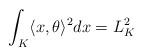
LaTeX: \begin{align*}\int_K\langle x,\theta\rangle^2dx =L_K^2\end{align*}